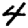
Digit: 4